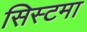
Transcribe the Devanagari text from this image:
सिस्टमा